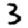
Digit: 3